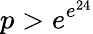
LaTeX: p>e^{e^{24}}